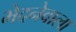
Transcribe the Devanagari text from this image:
भेदनेवाला